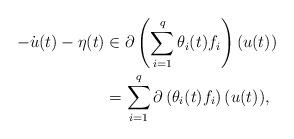
LaTeX: \begin{align*} -\dot{u}(t) - \eta (t) &\in \partial \left(\sum_{i=1}^{q} \theta_i (t) f_i \right)(u(t)) \\ & = \sum_{i=1}^{q} \partial \left(\theta_i (t) f_i \right)(u(t)),\end{align*}